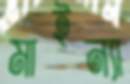
মাইন্যা